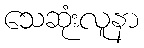
သေဆုံးလူနာ